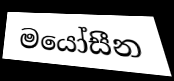
මයෝසීන